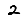
Digit: 2